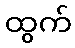
ထွက်